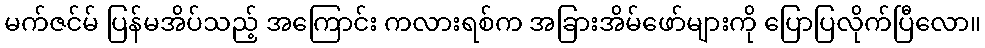
မက်ဇင်မ် ပြန်မအိပ်သည့် အကြောင်း ကလားရစ်က အခြားအိမ်ဖော်များကို ပြောပြလိုက်ပြီလော။